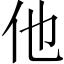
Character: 他